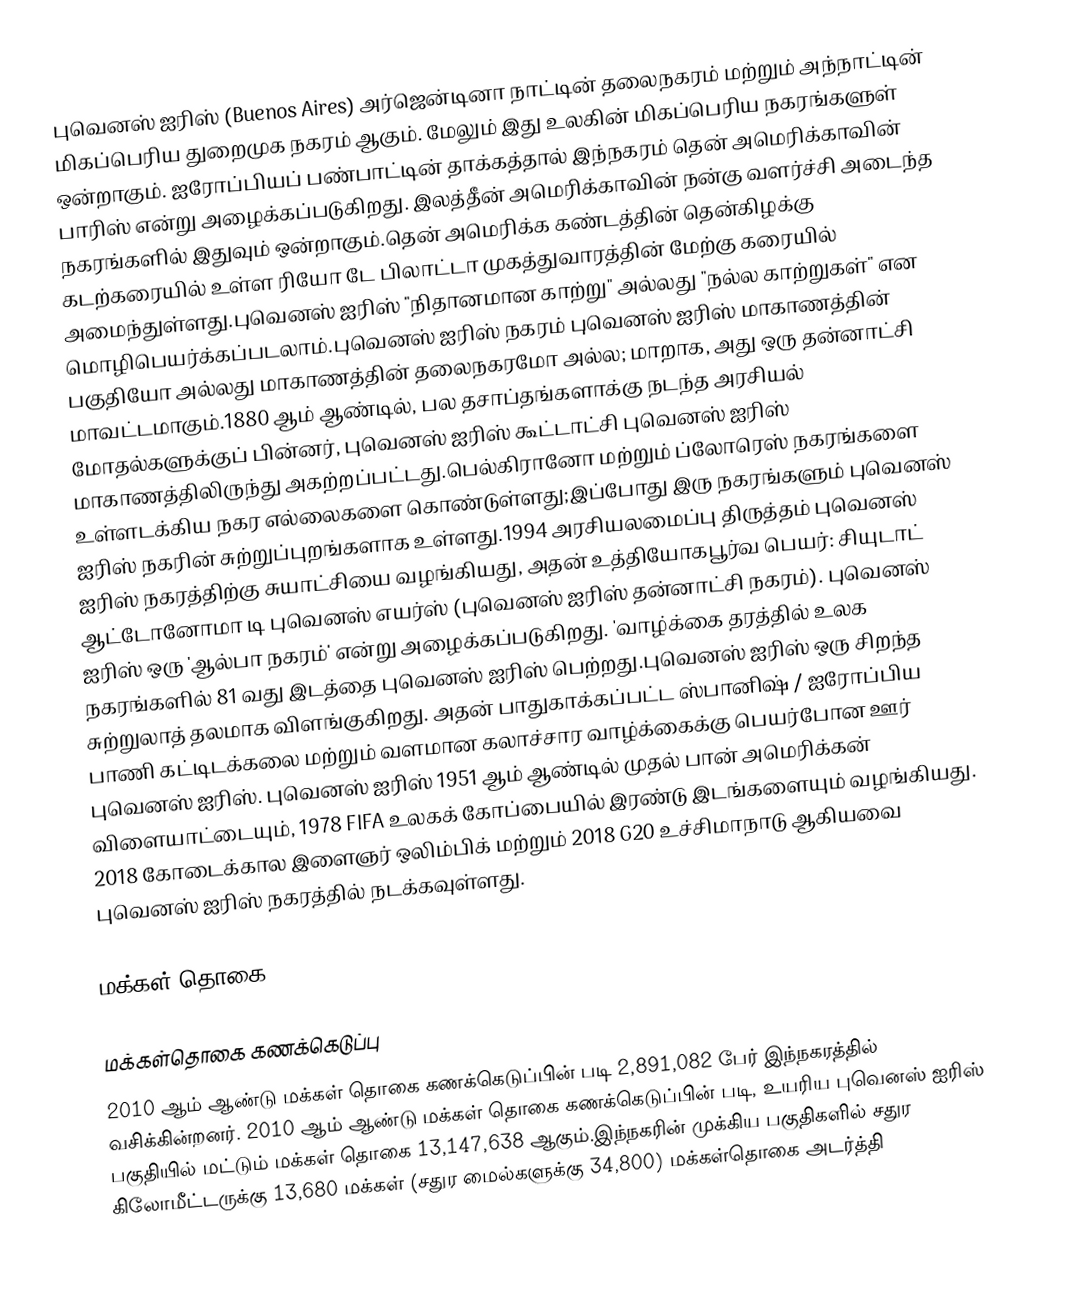
புவெனஸ் ஐரிஸ் (Buenos Aires) அர்ஜென்டினா நாட்டின் தலைநகரம் மற்றும் அந்நாட்டின் மிகப்பெரிய துறைமுக நகரம் ஆகும். மேலும் இது உலகின் மிகப்பெரிய நகரங்களுள் ஒன்றாகும். ஐரோப்பியப் பண்பாட்டின் தாக்கத்தால் இந்நகரம் தென் அமெரிக்காவின் பாரிஸ் என்று அழைக்கப்படுகிறது. இலத்தீன் அமெரிக்காவின் நன்கு வளர்ச்சி அடைந்த நகரங்களில் இதுவும் ஒன்றாகும்.தென் அமெரிக்க கண்டத்தின் தென்கிழக்கு கடற்கரையில் உள்ள ரியோ டே பிலாட்டா முகத்துவாரத்தின் மேற்கு கரையில் அமைந்துள்ளது.புவெனஸ் ஐரிஸ் "நிதானமான காற்று" அல்லது "நல்ல காற்றுகள்" என மொழிபெயர்க்கப்படலாம்.புவெனஸ் ஐரிஸ் நகரம் புவெனஸ் ஐரிஸ் மாகாணத்தின் பகுதியோ அல்லது மாகாணத்தின் தலைநகரமோ அல்ல; மாறாக, அது ஒரு தன்னாட்சி மாவட்டமாகும்.1880 ஆம் ஆண்டில், பல தசாப்தங்களாக்கு நடந்த அரசியல் மோதல்களுக்குப் பின்னர், புவெனஸ் ஐரிஸ் கூட்டாட்சி புவெனஸ் ஐரிஸ் மாகாணத்திலிருந்து அகற்றப்பட்டது.பெல்கிரானோ மற்றும் ப்லோரெஸ் நகரங்களை உள்ளடக்கிய நகர எல்லைகளை கொண்டுள்ளது;இப்போது இரு நகரங்களும் புவெனஸ் ஐரிஸ் நகரின் சுற்றுப்புறங்களாக உள்ளது.1994 அரசியலமைப்பு திருத்தம் புவெனஸ் ஐரிஸ் நகரத்திற்கு சுயாட்சியை வழங்கியது, அதன் உத்தியோகபூர்வ பெயர்: சியுடாட் ஆட்டோனோமா டி புவெனஸ் எயர்ஸ் (புவெனஸ் ஐரிஸ் தன்னாட்சி நகரம்). புவெனஸ் ஐரிஸ் ஒரு 'ஆல்பா நகரம்' என்று அழைக்கப்படுகிறது.  'வாழ்க்கை தரத்தில் உலக நகரங்களில் 81 வது இடத்தை புவெனஸ் ஐரிஸ் பெற்றது.புவெனஸ் ஐரிஸ் ஒரு சிறந்த சுற்றுலாத் தலமாக விளங்குகிறது. அதன் பாதுகாக்கப்பட்ட ஸ்பானிஷ் / ஐரோப்பிய பாணி கட்டிடக்கலை மற்றும் வளமான கலாச்சார வாழ்க்கைக்கு பெயர்போன ஊர் புவெனஸ் ஐரிஸ். புவெனஸ் ஐரிஸ் 1951 ஆம் ஆண்டில் முதல் பான் அமெரிக்கன் விளையாட்டையும், 1978 FIFA உலகக் கோப்பையில் இரண்டு இடங்களையும் வழங்கியது. 2018 கோடைக்கால இளைஞர் ஒலிம்பிக் மற்றும் 2018 G20 உச்சிமாநாடு ஆகியவை புவெனஸ் ஐரிஸ் நகரத்தில் நடக்கவுள்ளது.

மக்கள் தொகை

மக்கள்தொகை கணக்கெடுப்பு
2010 ஆம் ஆண்டு மக்கள் தொகை கணக்கெடுப்பின் படி 2,891,082 பேர் இந்நகரத்தில் வசிக்கின்றனர். 2010 ஆம் ஆண்டு மக்கள் தொகை கணக்கெடுப்பின் படி, உயரிய புவெனஸ் ஐரிஸ் பகுதியில் மட்டும் மக்கள் தொகை 13,147,638 ஆகும்.இந்நகரின் முக்கிய பகுதிகளில் சதுர கிலோமீட்டருக்கு 13,680 மக்கள் (சதுர மைல்களுக்கு 34,800) மக்கள்தொகை அடர்த்தி